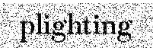
plighting